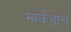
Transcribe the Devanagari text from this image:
मार्कंडाचे